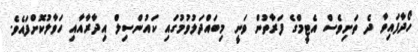
ހޯދާފައިވާ ދެ ތަށިވެސް އެޓީމްގެ ފަރާތުން ވަނީ މިބައްދަލުވުމުގައި ކައުންސިލް އިދާރާއާއި ހަވާލުކޮށްފައެވެ.